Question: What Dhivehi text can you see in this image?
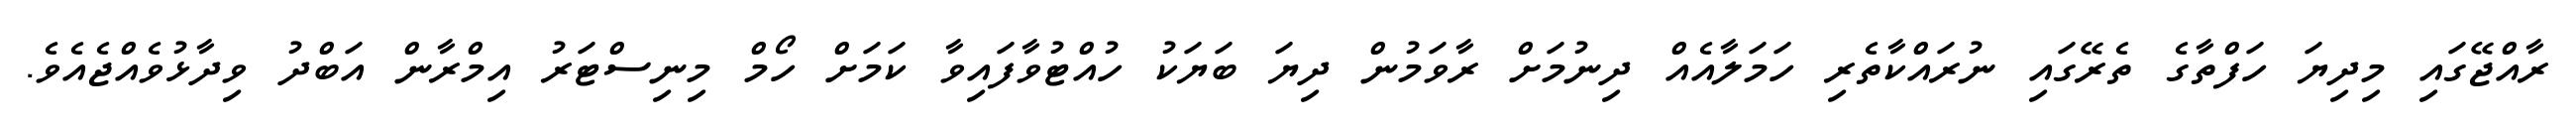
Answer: ރާއްޖޭގައި މިދިޔަ ހަފްތާގެ ތެރޭގައި ނުރައްކާތެރި ހަމަލާއެއް ދިނުމަށް ރާވަމުން ދިޔަ ބަޔަކު ހުއްޓުވާފައިވާ ކަމަށް ހޯމް މިނިސްޓަރު އިމްރާން އަބްދު ވިދާޅުވެއްޖެއެވެ.